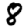
Digit: 8